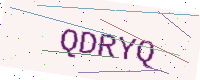
Text: QDRYQ